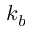
k _ { b }